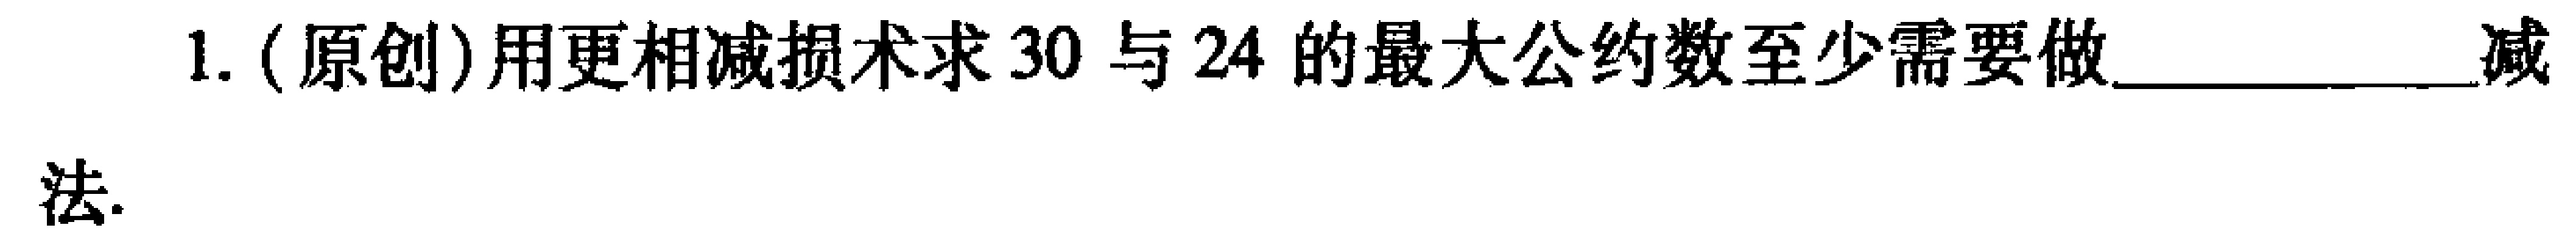
1. (原创)用更相减损术求\(30\)与\(24\)的最大公约数至少需要做\(\underline{\quad\quad}\)减法.